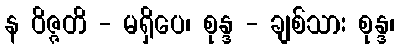
န ဝိဇ္ဇတိ - မရှိပေ၊ စုန္ဒ - ချစ်သား စုန္ဒ၊